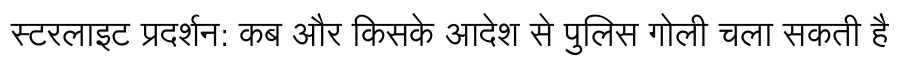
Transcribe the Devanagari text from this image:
स्टरलाइट प्रदर्शन: कब और किसके आदेश से पुलिस गोली चला सकती है